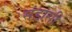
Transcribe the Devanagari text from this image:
संडासी